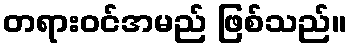
တရားဝင်အမည် ဖြစ်သည်။